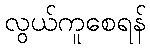
လွယ်ကူစေရန်